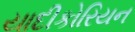
યાદીકોરિયન